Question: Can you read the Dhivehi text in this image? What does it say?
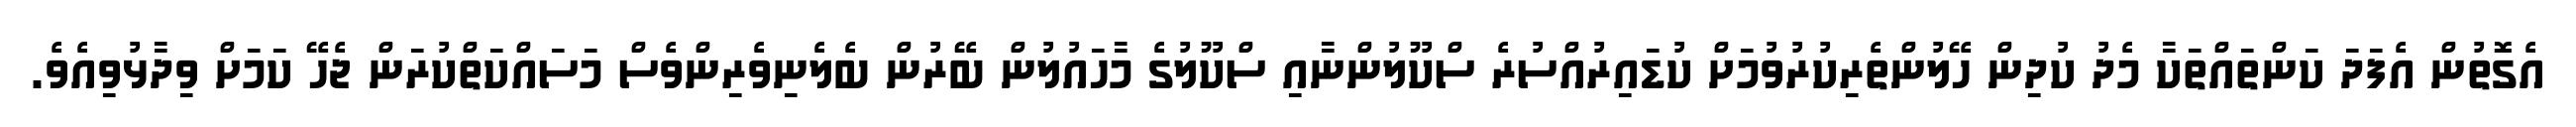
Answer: އެގޮތުން އެފަދަ ކަންތައްތަކާ މެދު ކުދިން ހޭލުންތެރިކުރުވުމަށް ކުޑައިރުއްސުރެ ސްކޫލުންނާއި ސްކޫލުގެ މާހައުލުން ބޭރުން ބެލެނިވެރިންވެސް މަސައްކަތްކުރަން ޖެހޭ ކަމަށް ވިދާޅުވިއެވެ.